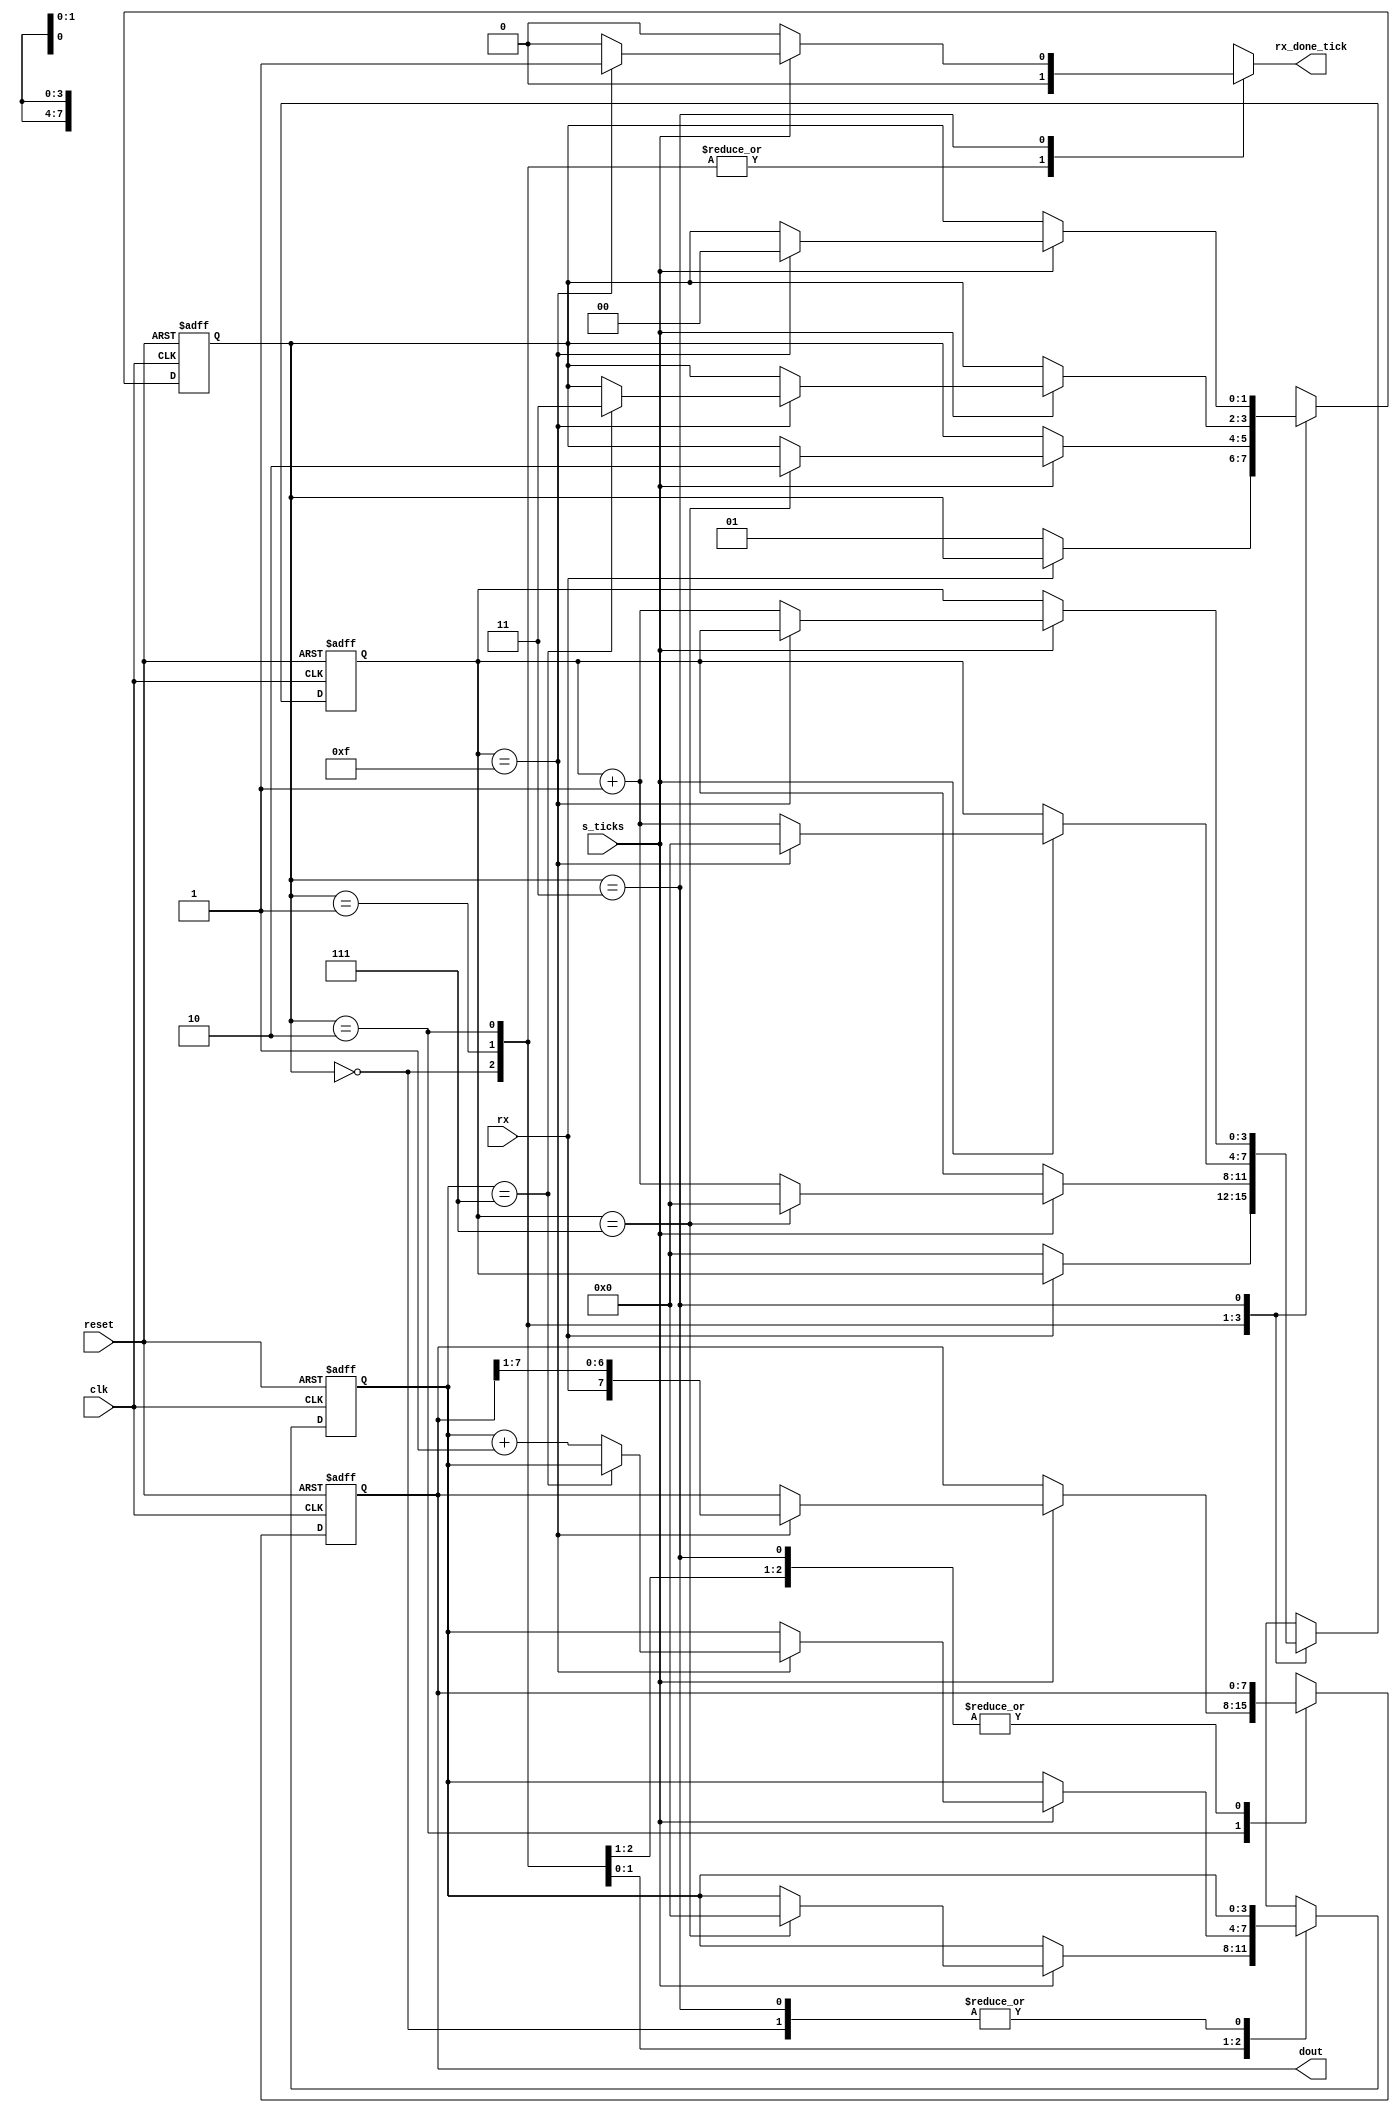

module uart_receiver#(parameter dbits=8,sb_ticks=16)
(input wire clk, reset,rx,s_ticks,
output reg rx_done_tick,
output wire [7:0] dout);
localparam [1:0]
idle=2'b00,
start=2'b01,
data=2'b10,
stop=2'b11;

reg  [1:0] state_reg,state_next;
reg [3:0] s_reg,s_next;
reg [3:0] n_reg,n_next;
reg [7:0] b_reg,b_next;

always @(posedge clk or posedge reset)
	if(reset)
	begin
		s_reg=0;
		b_reg=0;
		n_reg=0;
		state_reg=idle;
	end
	else
	begin
		
		s_reg=s_next;
		b_reg=b_next;
		n_reg=n_next;
		state_reg=state_next;
	end

		
always @*
begin
	state_next=state_reg;
	s_next=s_reg;
	b_next=b_reg;
	n_next=n_reg;
	rx_done_tick=0;
	case(state_reg)
		idle:
			if(~rx) 
			begin
				state_next=start;
				s_next=0;
			end
		start: 
			if(s_ticks)
				if(s_reg==7)
				begin
					state_next=data;
					s_next=0;
					n_next=0;
			
				end
			else 
				s_next=s_reg+1;
		data: 
			if(s_ticks)
				if(s_reg==15)
				begin 
					s_next=0;
					b_next={rx,b_reg[7:1]};
					if(n_reg==(dbits-1))
						state_next=stop;
					else 
						n_next=n_reg+1;
				end
				else 
					s_next=s_reg+1;
		stop:
			if(s_ticks)
				if(s_reg==(sb_ticks-1))
					begin
						state_next=idle;
						rx_done_tick=1;
					end
				else 
					s_next=s_reg+1;
	endcase
	end
assign dout=b_reg;
endmodule